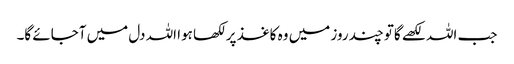
جب اللہ لکھے گاتو چند روز میں وہ کاغذ پر لکھا ہوا اللہ دل میں آجائے گا۔